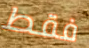
فقط